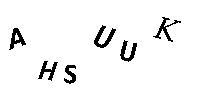
AHSUUK